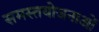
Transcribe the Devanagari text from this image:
समस्तयोजनाओं